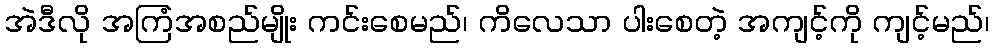
အဲဒီလို အကြံအစည်မျိုး ကင်းစေမည်၊ ကိလေသာ ပါးစေတဲ့ အကျင့်ကို ကျင့်မည်၊